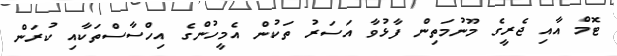
ޓޮމް އާއި ޖެރީގެ މޫނުމަތިން ފާޅުވާ އަސަރު ތަކުން އެމީހުންގެ އިހްސާސްތަކާއި ކުރަން